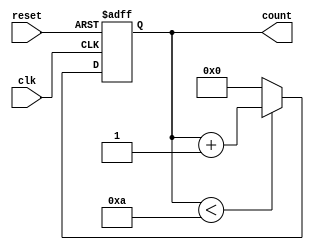
module Upcounter_10orig(clk, reset, count);

input clk, reset;
output reg [3:0] count;

initial begin
	count <= 0;
end

always@(posedge clk or posedge reset) begin
	if(reset) begin
		count <= 0;
	end else begin
		if(count < 10) begin
			count <= count + 1;
		end else begin
			count <= 0;
		end
	end
end

endmodule